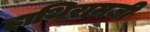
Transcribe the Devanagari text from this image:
हाथिरामजी